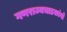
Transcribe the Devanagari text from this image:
गणराज्यचाडकांगो